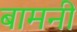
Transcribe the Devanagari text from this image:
बामनी